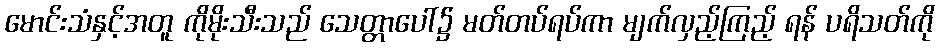
မောင်းသံနှင့်အတူ ကိုမိုးသီးသည် သေတ္တာပေါ်၌ မတ်တပ်ရပ်ကာ မျက်လှည့်ကြည့် ရန် ပရိသတ်ကို